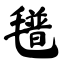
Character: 氆